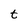
Character: t